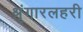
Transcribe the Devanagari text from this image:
श्रृंगारलहरी